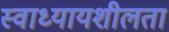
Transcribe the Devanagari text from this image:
स्वाध्यायशीलता